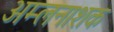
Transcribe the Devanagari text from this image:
अम्लनाशक